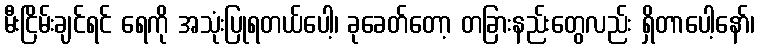
မီးငြိမ်းချင်ရင် ရေကို အသုံးပြုရတယ်ပေါ့၊ ခုခေတ်တော့ တခြားနည်းတွေလည်း ရှိတာပေါ့နော်၊